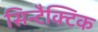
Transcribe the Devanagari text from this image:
सिन्टैक्टिक